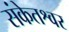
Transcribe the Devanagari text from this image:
संकेतश्वर